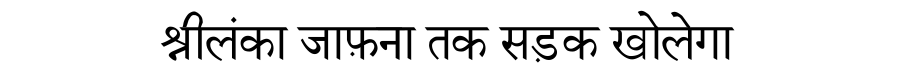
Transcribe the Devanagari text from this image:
श्रीलंका जाफ़ना तक सड़क खोलेगा